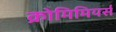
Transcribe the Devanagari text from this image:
क्रोमिमियर्स